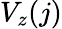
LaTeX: V_{z}(j)